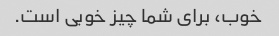
خوب، برای شما چیز خوبی است.